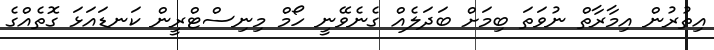
އިތުރުން އިމާރާތް ނުވަތަ ބިމަށް ބަދަލެއް ގެނެވޭނީ ހޯމް މިނިސްޓްރީން ކަނޑައަޅަ ގޮތެއްގެ